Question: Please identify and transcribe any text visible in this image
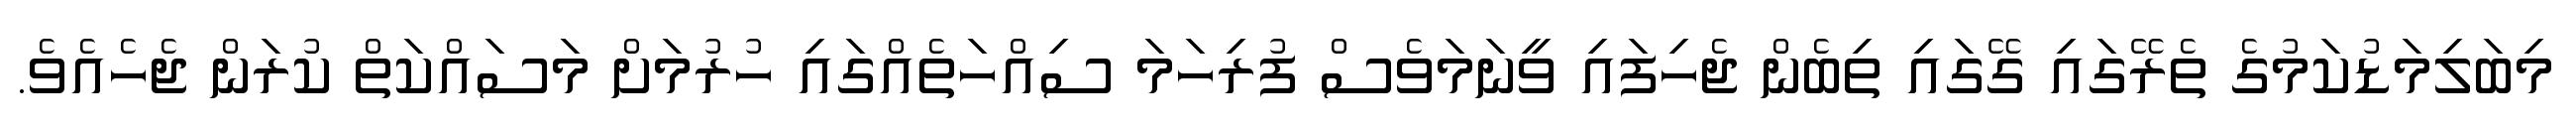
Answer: މިބަލިމަޑުކަމުގެ ތެރޭގައި ގޭގައި ތިބެން ޖެހިފައި ވީނަމަވެސް ފުރިހަމަ ސިއްހަތެއްގައި ހުރުމަށް މަސައްކަތް ކުރަން ޖެހެއެވެ.